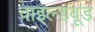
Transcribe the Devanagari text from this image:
वाइल्डवूड